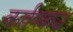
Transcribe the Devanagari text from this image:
कर्तव्यश्च